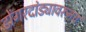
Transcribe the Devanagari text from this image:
डोंगरदांड्यावरूनच